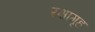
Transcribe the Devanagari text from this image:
रक्षागृह